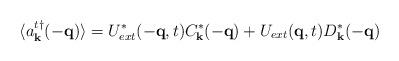
LaTeX: \begin{align*}\langle a^{t\dagger}_{ {\bf{k}} }(-{\bf{q}}) \rangle = U^{*}_{ext}(-{\bf{q}},t)C^{*}_{ {\bf{k}} }(-{\bf{q}})+ U_{ext}({\bf{q}},t)D^{*}_{ {\bf{k}} }(-{\bf{q}})\end{align*}